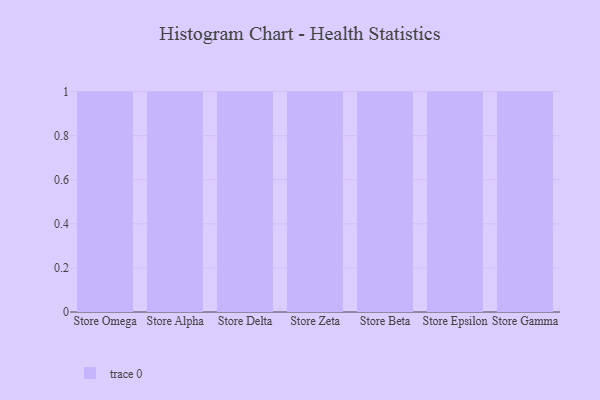
{"axis": {"x": "Store", "y": "Energy Usage (MWh)"}, "legend": [""], "data": [{"x": "Store Omega", "y": 28, "type": ""}, {"x": "Store Alpha", "y": 11, "type": ""}, {"x": "Store Delta", "y": 2, "type": ""}, {"x": "Store Zeta", "y": 44, "type": ""}, {"x": "Store Beta", "y": 1, "type": ""}, {"x": "Store Epsilon", "y": 5, "type": ""}, {"x": "Store Gamma", "y": 76, "type": ""}]}